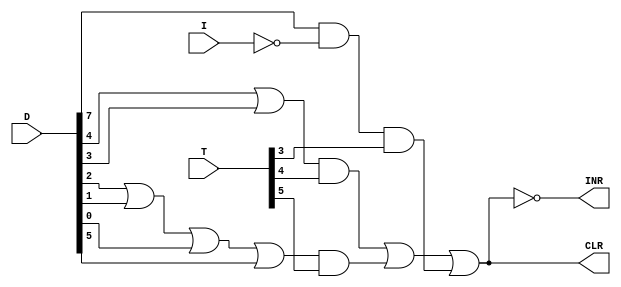
module SC_Control (CLR, INR, T, D, I);

	input [7:0] T, D;
	input I;
	
	output CLR, INR;
	
	wire a1, a2, a3, a4, a5, o1, o2;
	wire In = ~I;
	wire r = D[7] & In & T[3];
	
	assign o1 = D[4] | D[3];
	assign a2 = o1 & T[4];
	assign a3 = D[7] & T[3];
	assign o2 = D[2] | D[1] | D[0] | D[5];
	assign a5 = o2 & T[5];
	
	assign CLR = a2 | a5 | r;  // r ???????
	assign INR = (~CLR);
	
endmodule